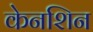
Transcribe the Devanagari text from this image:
केनशिन